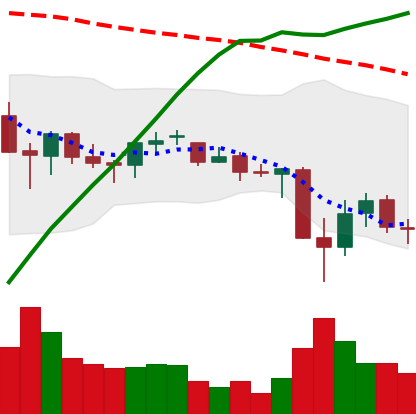
Ticker: BNB-USD
Chart end date: 2021-06-26
Forward return: 3.142%
Label: up_3_5